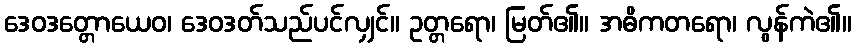
ဒေဝဒတ္တောယေဝ၊ ဒေဝဒတ်သည်ပင်လျှင်။ ဥတ္တရော၊ မြတ်၏။ အဓိကတရော၊ လွန်ကဲ၏။